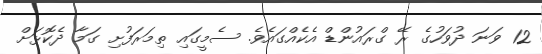
12 ވަނަ ދުވަހުގެ ރޭ ގްރައުންޑް އެކެއްގައެވެ. ސެމީގައި ތިމަރަފުށި ގަމާ ދެކޮޅަށް